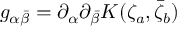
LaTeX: g _ { \alpha \bar { \beta } } = \partial _ { \alpha } \partial _ { \bar { \beta } } K ( \zeta _ { a } , \bar { \zeta } _ { b } )